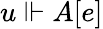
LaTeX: u\Vdash A[e]